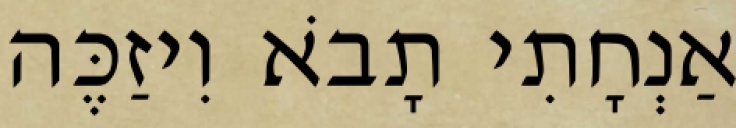
אַנְחָתִי תָבֹא וִיזַכֶּה